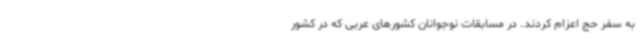
به سفر حج اعزام کردند. در مسابقات نوجوانان کشورهای عربی که در کشور